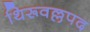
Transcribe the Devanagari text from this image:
थिरूवल्लपद